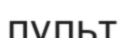
пульт